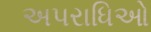
અપરાધિઓ